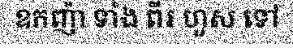
ឧកញ៉ា ទាំង ពីរ ហួស ទៅ